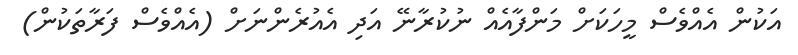
އަކުން އެއްވެސް މީހަކަށް މަންފާއެއް ނުކުރާނޭ އަދި އެއުރެންނަށް (އެއްވެސް ފަރާތަކުން)